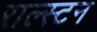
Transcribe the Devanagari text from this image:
राल्स्टन